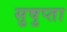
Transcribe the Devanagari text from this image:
सुषुप्ता